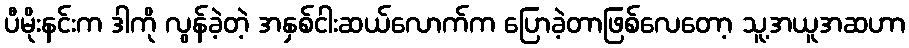
ပီမိုးနင်းက ဒါကို လွန်ခဲ့တဲ့ အနှစ်ငါးဆယ်လောက်က ပြောခဲ့တာဖြစ်လေတော့ သူ့အယူအဆဟာ